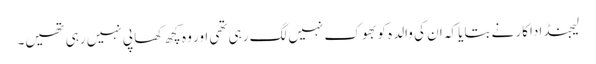
لیجنڈ اداکار نے بتایا کہ ان کی والدہ کو بھوک نہیں لگ رہی تھی اور وہ کچھ کھا پی نہیں رہی تھیں۔